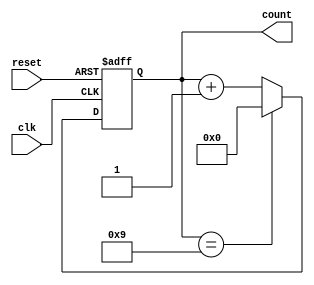
module BCD_Counter (
    input wire clk,        // Clock signal 
    input wire reset,      // Asynchronous reset signal
    output reg [3:0] count // 4-bit output for the current count
);

// Asynchronous reset and counting logic
always @(posedge clk or posedge reset) begin
    if (reset) begin
        count <= 4'b0000; // Reset the count to 0
    end else if (count == 4'b1001) begin
        count <= 4'b0000; // Reset to 0 if count exceeds 9
    end else begin
        count <= count + 1; // Increment the count
    end
end

endmodule